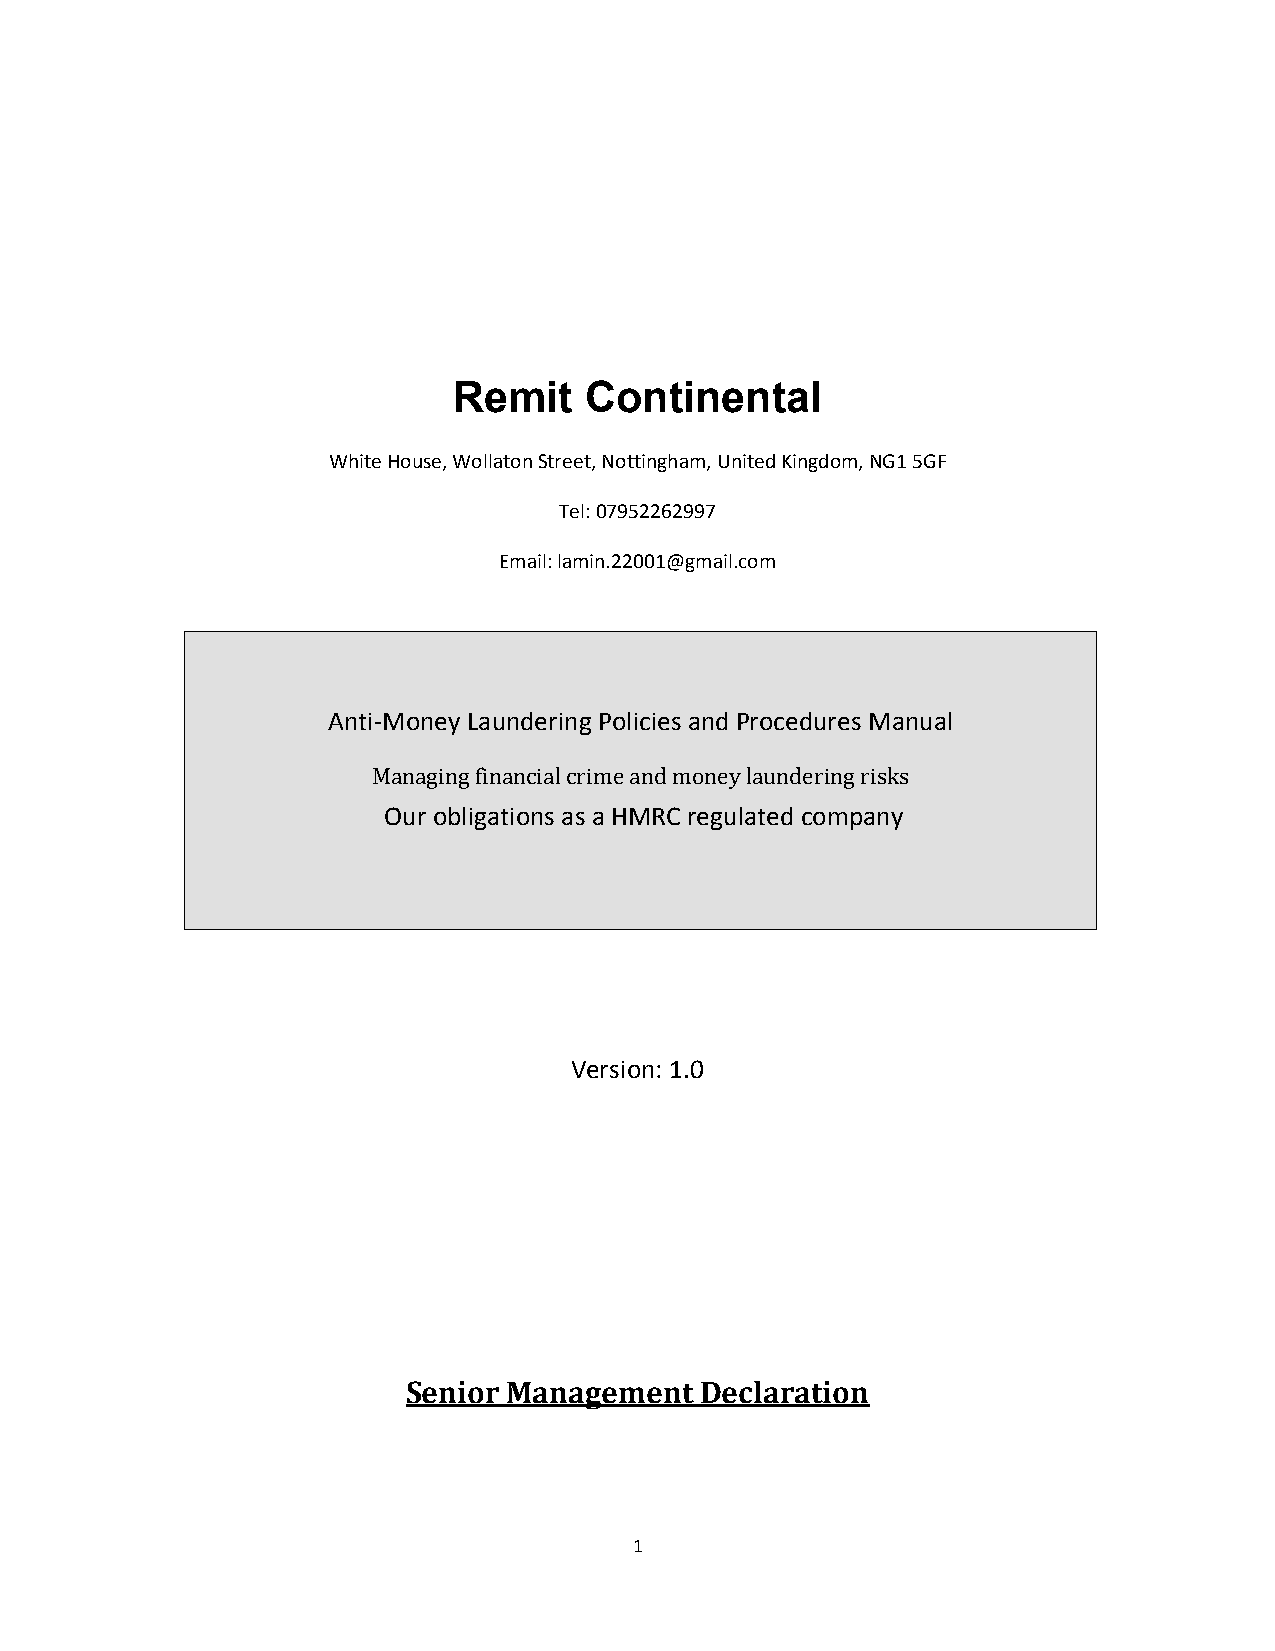
Remit    Continental
 White House, Wollaton Street, Nottingham, United Kingdom, NG1 5GF
 Tel: 07952262997
 Email: lamin.22001@gmail.com
 Anti‐Money Laundering Policies and Procedures Manual
 Managing financial crime and money laundering risks
 Our obligations as a HMRC regulated company
 Version: 1.0
 Senior Management  Declaration
 1